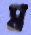
ম